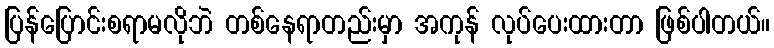
ပြန်ပြောင်းစရာမလိုဘဲ တစ်နေရာတည်းမှာ အကုန် လုပ်ပေးထားတာ ဖြစ်ပါတယ်။